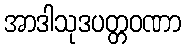
အာဒါသုဒပတ္တဝဏာ